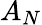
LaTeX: A_{N}